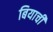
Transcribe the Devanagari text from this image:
बियाची